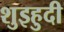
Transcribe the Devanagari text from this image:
शुइहुदी